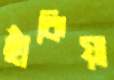
ছাঁকিয়া